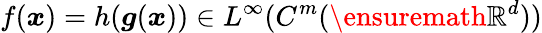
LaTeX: f(\boldsymbol{x})=h(\boldsymbol{g}(\boldsymbol{x}))\in L^{\infty}(C^{m}(\ensuremath{\mathbb{R}}^{d}))